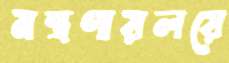
মন্ত্রণায়লয়ে